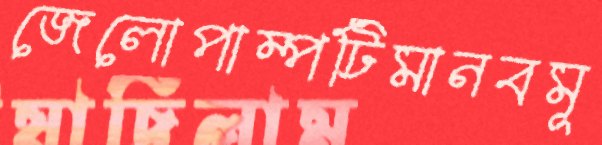
জেলোপাম্পটিমানবমূ